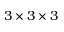
3 \times 3 \times 3